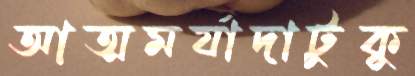
আত্মমর্যাদাটুকু